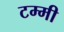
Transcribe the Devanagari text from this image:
टम्मी